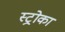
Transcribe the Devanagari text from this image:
स्ट्रोका